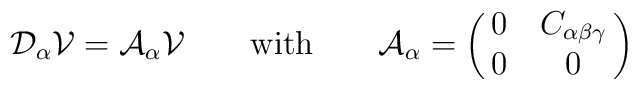
{\cal D}_\alpha {\cal V}={\cal A}_\alpha {\cal V}\qquad\mbox{with}\qquad{\cal A}_\alpha =\pmatrix{0& C_{\alpha \beta \gamma } \cr 0&0\cr}